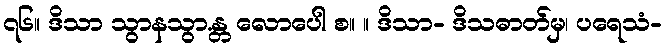
၇၆။ ဒိသာ သွာနသွာ.န္တ လောပေါ စ။ ။ ဒိသာ- ဒိသဓာတ်မှ၊ ပရေသံ-